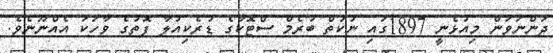
ދަންނަވަން މިއުޅެނީ 1897ގައި ނުކުތް ބުރެމް ސްޓޮކާގެ ޑުރެކިއުލާ ފޮތުގެ ވާހަކަ އެއްނޫނެވެ.